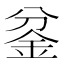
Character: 𰼡